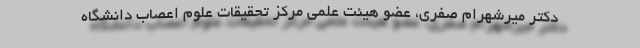
دکتر میرشهرام صفری، عضو هیئت علمی مرکز تحقیقات علوم اعصاب دانشگاه